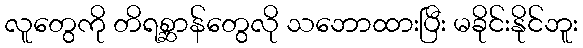
လူတွေကို တိရစ္ဆာန်တွေလို သဘောထားပြီး မခိုင်းနိုင်ဘူး